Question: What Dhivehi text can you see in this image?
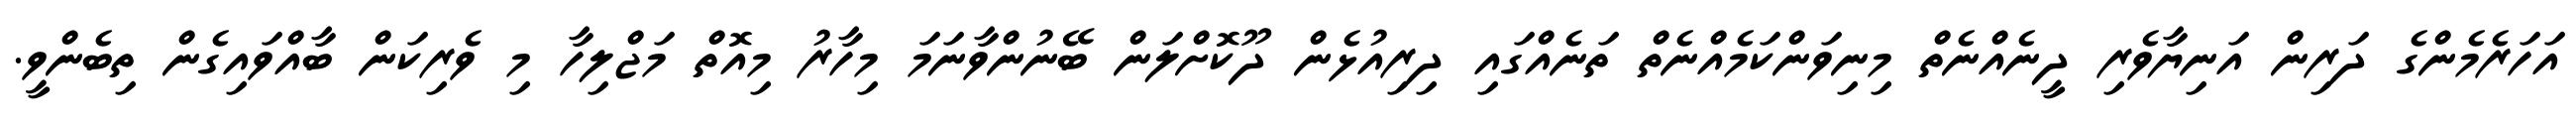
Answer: އަހަރެމެންގެ ދަރިން އަނިޔާވެރި ދީނެއްނެތް މިނިވަންކަމެއްނެތް ތަނެއްގައި ދިރިއުޅެން ދޫކޮށްލަން ބޭނުންވާނަމަ މިހާރު މިއޮތް މަޖްލިހާ މި ވެރިކަން ބާއްވައިގެން ތިބެންވީ.